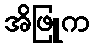
အိဖြူက